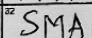
Transcription: SMA